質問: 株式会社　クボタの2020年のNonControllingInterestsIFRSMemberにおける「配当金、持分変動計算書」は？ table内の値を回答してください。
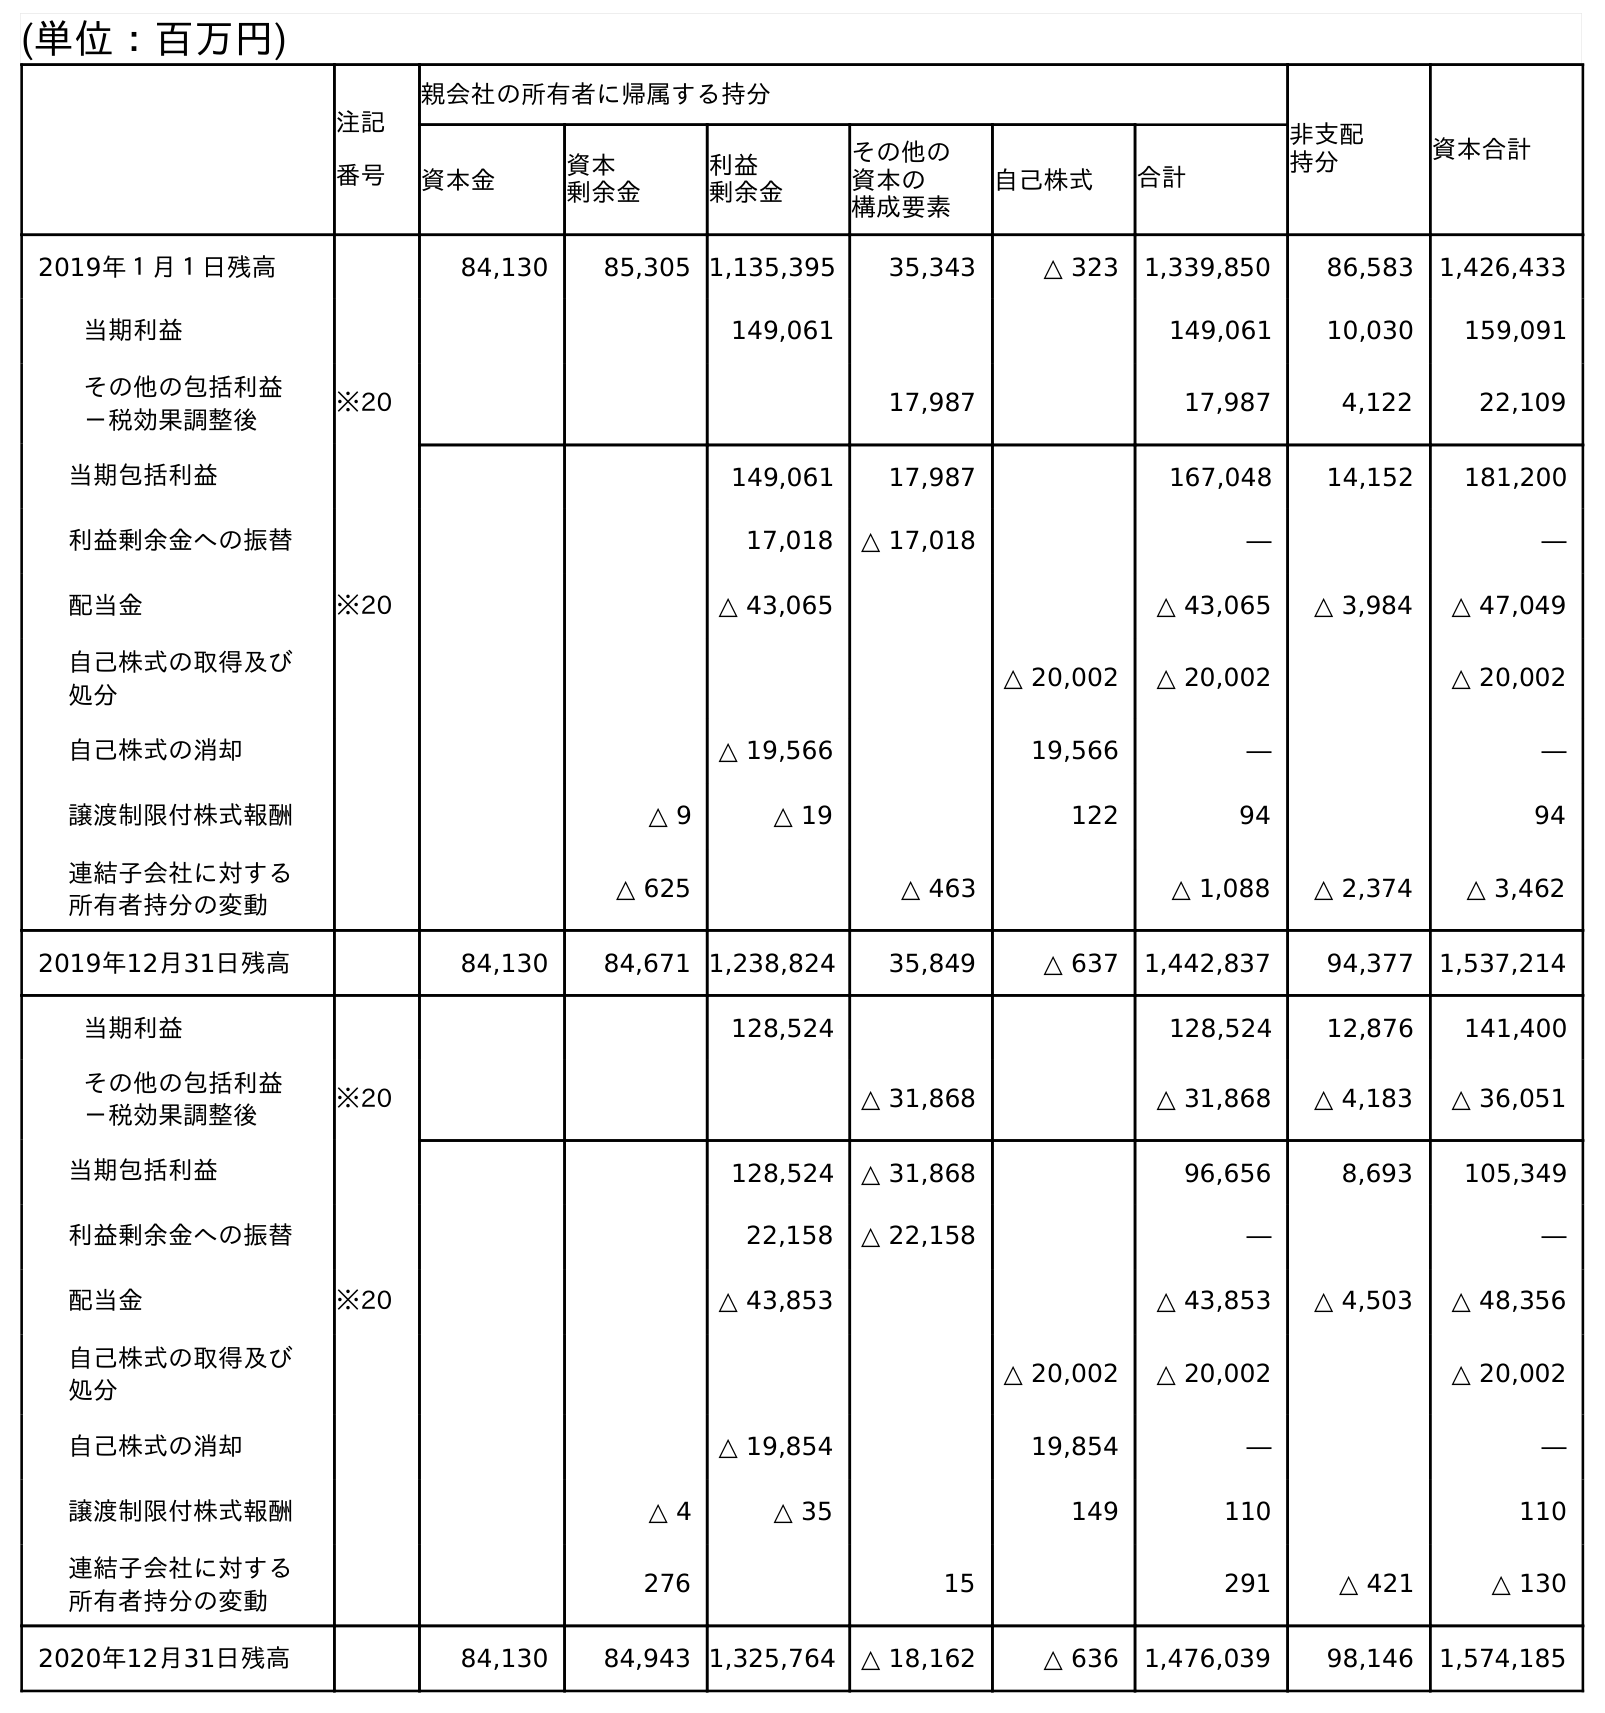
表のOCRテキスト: (単位：百万円) 注記 番号 親会社の所有者に帰属する持分 非支配 持分 資本合計 資本金 資本 剰余金 利益 剰余金 その他の 資本の 構成要素 自己株式 合計 2019年１月１日残高 84,130 85,305 1,135,395 35,343 △ 323 1,339,850 86,583 1,426,433 当期利益 149,061 149,061 10,030 159,091 その他の包括利益 －税効果調整後 ※20 17,987 17,987 4,122 22,109 当期包括利益 149,061 17,987 167,048 14,152 181,200 利益剰余金への振替 17,018 △ 17,018 ― ― 配当金 ※20 △ 43,065 △ 43,065 △ 3,984 △ 47,049 自己株式の取得及び 処分 △ 20,002 △ 20,002 △ 20,002 自己株式の消却 △ 19,566 19,566 ― ― 譲渡制限付株式報酬 △ 9 △ 19 122 94 94 連結子会社に対する 所有者持分の変動 △ 625 △ 463 △ 1,088 △ 2,374 △ 3,462 2019年12月31日残高 84,130 84,671 1,238,824 35,849 △ 637 1,442,837 94,377 1,537,214 当期利益 128,524 128,524 12,876 141,400 その他の包括利益 －税効果調整後 ※20 △ 31,868 △ 31,868 △ 4,183 △ 36,051 当期包括利益 128,524 △ 31,868 96,656 8,693 105,349 利益剰余金への振替 22,158 △ 22,158 ― ― 配当金 ※20 △ 43,853 △ 43,853 △ 4,503 △ 48,356 自己株式の取得及び 処分 △ 20,002 △ 20,002 △ 20,002 自己株式の消却 △ 19,854 19,854 ― ― 譲渡制限付株式報酬 △ 4 △ 35 149 110 110 連結子会社に対する 所有者持分の変動 276 15 291 △ 421 △ 130 2020年12月31日残高 84,130 84,943 1,325,764 △ 18,162 △ 636 1,476,039 98,146 1,574,185
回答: △4,503